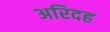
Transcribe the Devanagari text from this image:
अरिदह